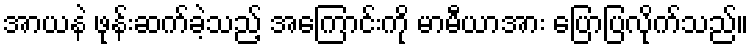
အာယနဲ ဖုန်းဆက်ခဲ့သည့် အကြောင်းကို မာမီယာအား ပြောပြလိုက်သည်။